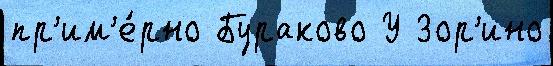
пр'им'е́рно Бураково У Зор'ино